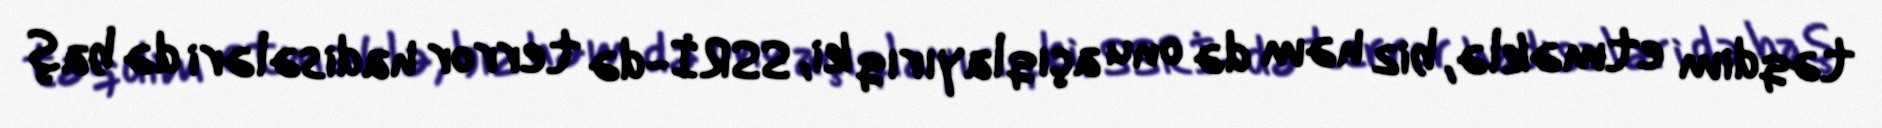
təqdim etməklə, biz həm də onu açıqlayırıq ki, SSRİ-də terror hadisələri də baş